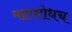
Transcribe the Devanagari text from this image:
महाशोधच